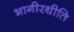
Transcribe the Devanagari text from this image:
भागीरथीति